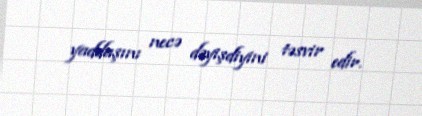
yaddaşını necə dəyişdiyini təsvir edir.